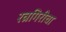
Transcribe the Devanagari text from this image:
रत्नगिरीचा